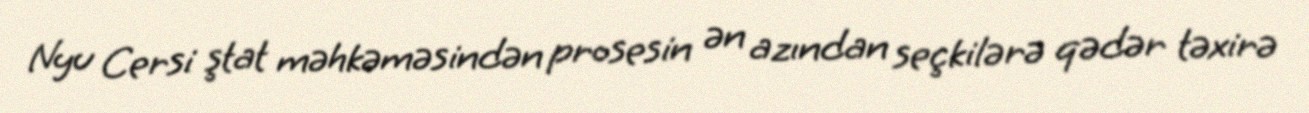
Nyu Cersi ştat məhkəməsindən prosesin ən azından seçkilərə qədər təxirə